Report on vaccination North-West Frontier Province 1904-1922 - 1904-1922
Year: 1904
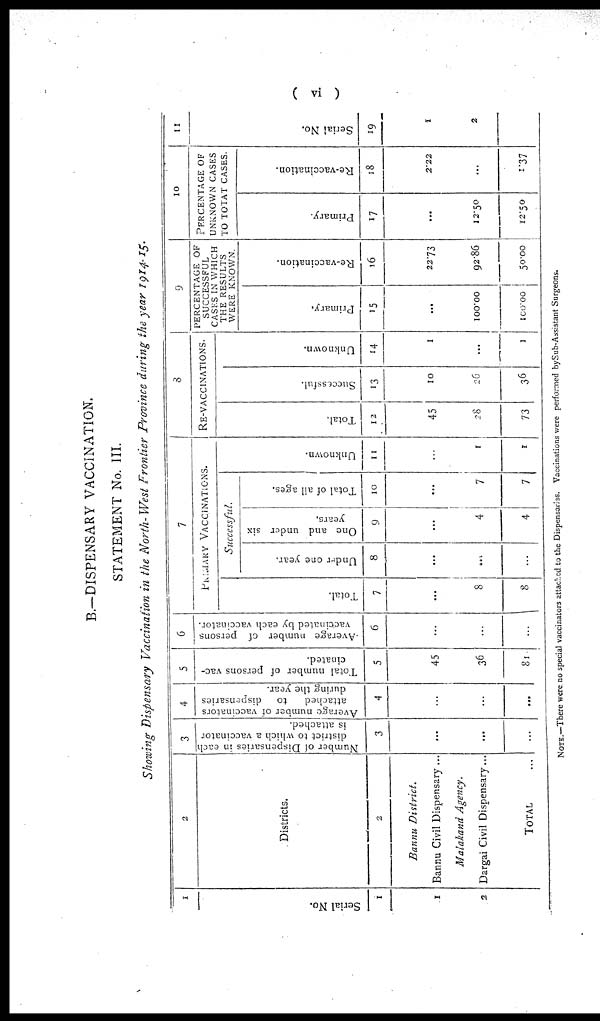
( vi )
B.—DISPENSARY VACCINATION.
STATEMENT No. III.
Showing Dispensary Vaccination in the North- West Frontier Province during the year 1914-15.
1
Serial No.
1
1
2
2
Districts.
2
Bannu District.
Bannu Civil Dispensary ...
Malakand Agency.
Dargai Civil Dispensary...
TOTAL ...
3
Number of Dispensaries in each
district to which a vaccinator
is attached.
3
...
...
...
4
Average number of vaccinators
attached
to
dispensaries
during the year.
4
...
...
...
5
Total number of persons vac-
cinated.
5
45
36
81
6
Average number of persons
vaccinated by each vaccinator.
6
...
...
...
7
PRIMARY VACCINATIONS.
Total.
7
...
8
8
Successful.
Under one year.
8
...
...
...
One and under six
years.
9
...
4
4
Total of all ages.
10
...
7
7
Unknown.
11
...
1
1
8
RE-VACCINATIONS.
Total.
12
45
28
73
Successful.
13
10
26
36
Unknown.
14
1
...
1
9
PERCENTAGE OF
SUCCESSFUL
CASKS IN WHICH
THE RESULTS
WERE KNOWN
Primary.
15
...
100.00
100.00
Re-vaccination.
16
22.73
92.86
50.00
10
PERCENTAGE OF
UNKNOWN CASES
TO TOTAL CASES
Primary.
17
...
12.50
12.50
Re-vaccination.
18
2.22
...
1.37
11
Serial No.
19
1
2
NOTE.—There were no special vaccinators attached to the Dispensaries. Vaccinations were performed by Sub-Assistant Surgeons.